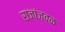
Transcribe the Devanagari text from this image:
राजांजवळ